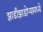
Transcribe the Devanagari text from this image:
झाडीझाडोप्यामध्ये